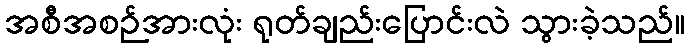
အစီအစဉ်အားလုံး ရုတ်ချည်းပြောင်းလဲ သွားခဲ့သည်။